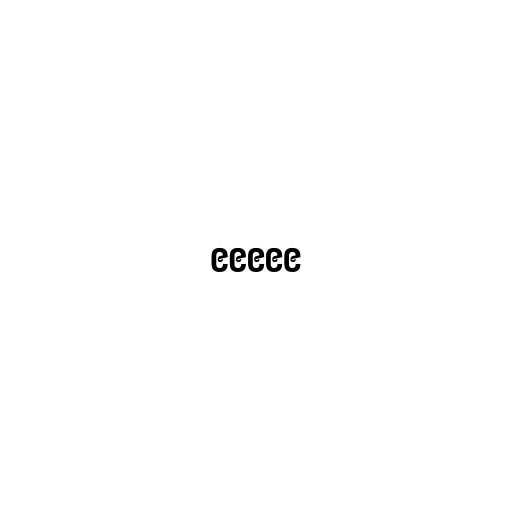
၉၉၉၉၉